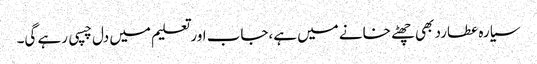
سیارہ عطارد بھی چھٹے خانے میں ہے،جاب اور تعلیم میں دل چسپی رہے گی۔